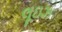
લૂઇઝ